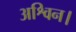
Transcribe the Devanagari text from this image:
अश्विन।